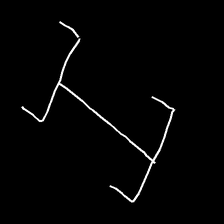
Glyph: entwine